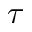
\tau